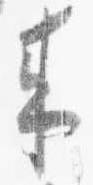
来